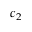
c _ { 2 }